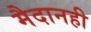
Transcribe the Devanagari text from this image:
मैदानही